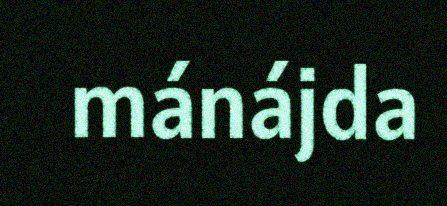
mánájda